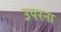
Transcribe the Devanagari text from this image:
उपरना